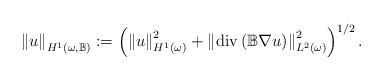
LaTeX: \begin{align*}\left\Vert u\right\Vert _{H^{1}\left( \omega,\mathbb{B}\right) }:=\left(\left\Vert u\right\Vert _{H^{1}\left( \omega\right) }^{2}+\left\Vert\operatorname{div}\left( \mathbb{B}\nabla u\right) \right\Vert_{L^{2}\left( \omega\right) }^{2}\right) ^{1/2}.\end{align*}